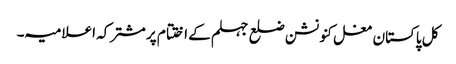
کل پاکستان مغل کنونشن ضلع جہلم کے اختتام پر مشترکہ اعلامیہ ۔